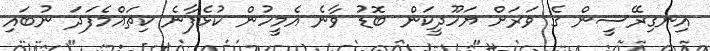
އިނގިރޭސީން ގެ ވަރަށް ޔަހޫދީކަން ބޮޑު ވާނެ އެމީހުން ކުޅެފާނެ ކިތައްމެފަދަ ނުބައި